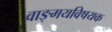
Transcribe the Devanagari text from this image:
वाङ्‌मयविषयक